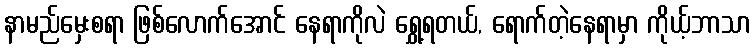
နာမည်မှေးစရာ ဖြစ်လောက်အောင် နေရာကိုလဲ ရွှေ့ရတယ်, ရောက်တဲ့နေရာမှာ ကိုယ့်ဘာသာ